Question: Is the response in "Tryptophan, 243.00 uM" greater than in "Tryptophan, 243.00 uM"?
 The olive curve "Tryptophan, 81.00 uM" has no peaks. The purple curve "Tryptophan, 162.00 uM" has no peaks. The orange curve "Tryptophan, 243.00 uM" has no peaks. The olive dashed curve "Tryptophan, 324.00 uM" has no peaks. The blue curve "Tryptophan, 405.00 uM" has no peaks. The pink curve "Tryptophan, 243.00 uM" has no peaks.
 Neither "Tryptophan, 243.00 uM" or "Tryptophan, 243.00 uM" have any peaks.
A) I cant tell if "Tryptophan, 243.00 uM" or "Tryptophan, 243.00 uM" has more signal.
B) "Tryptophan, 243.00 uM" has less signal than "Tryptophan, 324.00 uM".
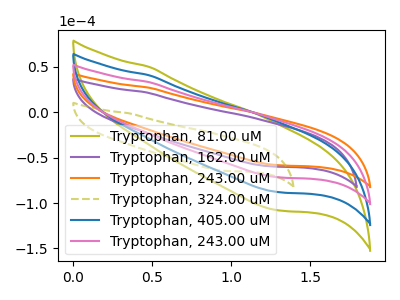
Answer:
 <answer>A) I cant tell if "Tryptophan, 243.00 uM" or "Tryptophan, 243.00 uM" has more signal.</answer>
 <eval>A</eval>